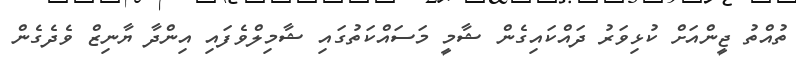
ތުއްތު ޖީންއަށް ކުޅިވަރު ދައްކައިގެން ޝާމީ މަސައްކަތުގައި ޝާމިލްވެފައި އިންދާ ޔާނިޒް ވެދެގެން